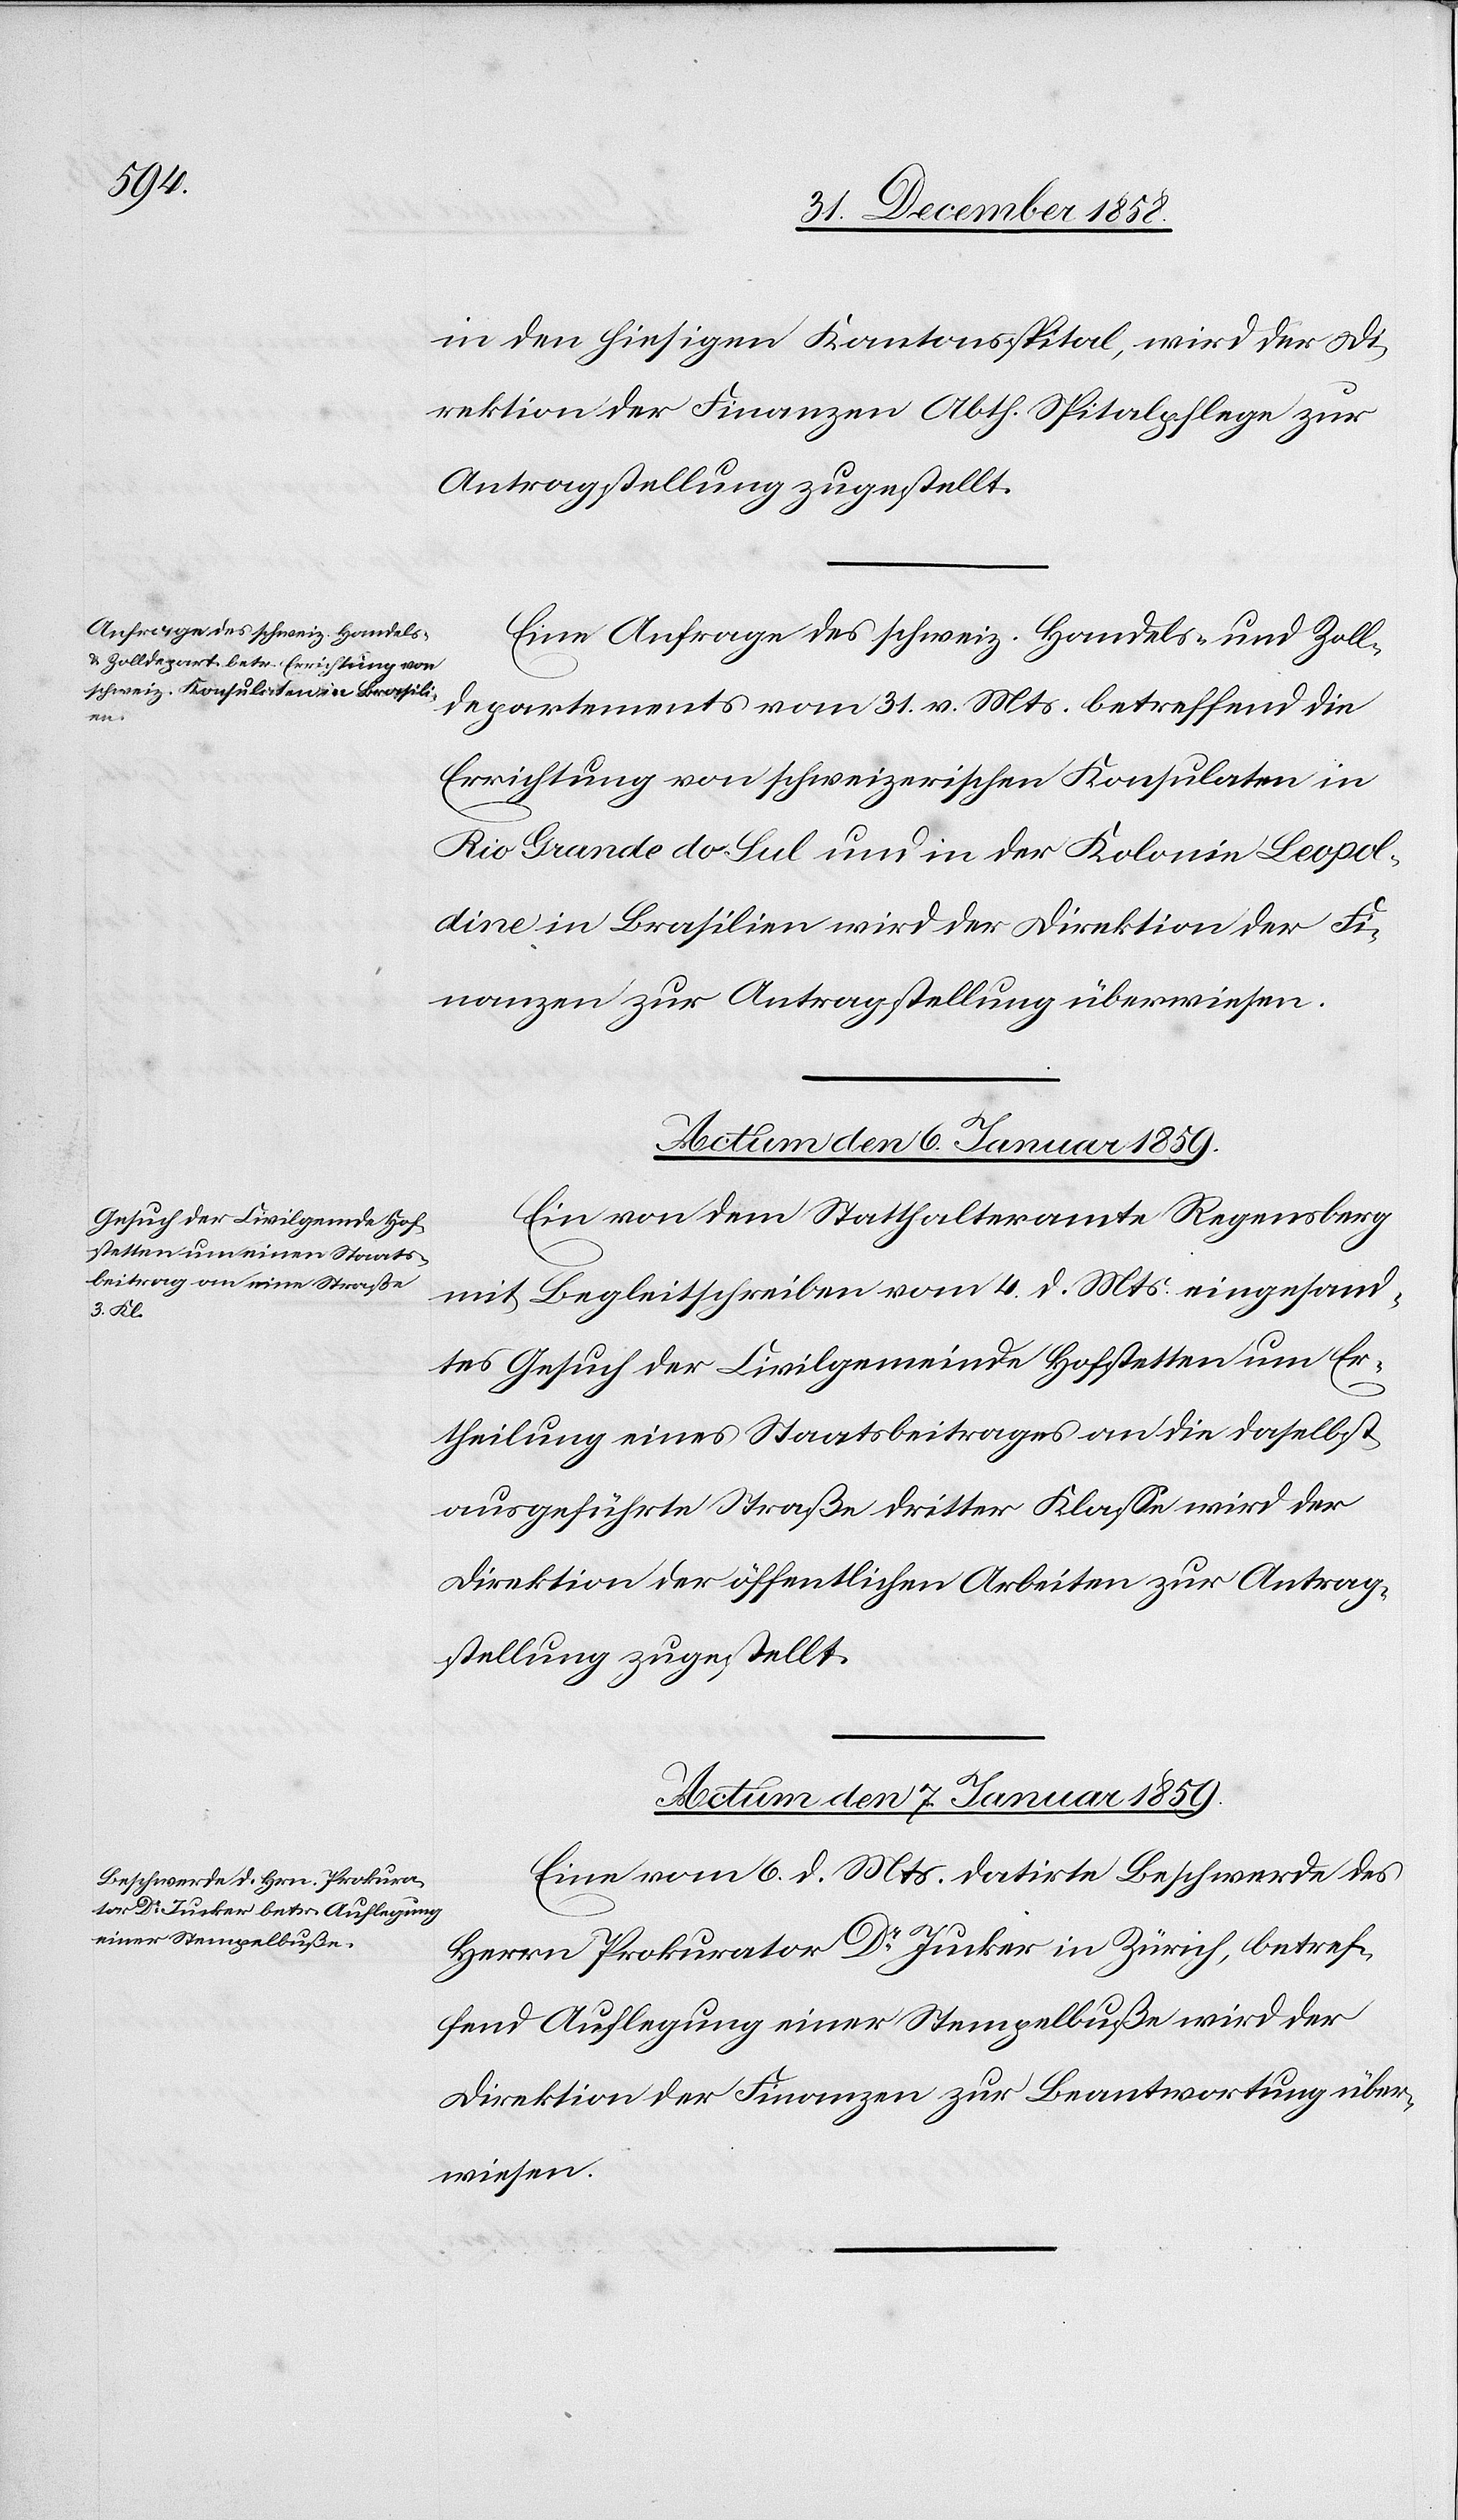
in den hiesigen Kantonsspital, wird der Di¬
rektion der Finanzen Abth. Spitalpflege zur
Antragstellung zugestellt.
Eine Anfrage des schweiz. Handels- und Zoll¬
departements vom 31. v. Mts. betreffend die
Errichtung von schweizerischen Konsulaten in
Rio Grande do Sul und in der Kolonie Leopol¬
dine in Brasilien wird der Direktion der Fi¬
nanzen zur Antragstellung überwiesen.
Actum den 6. Januar 1859.
Ein von dem Statthalteramte Regensberg
mit Begleitschreiben vom 4. d. Mts. eingesand¬
tes Gesuch der Civilgemeinde Hofstetten um Er¬
theilung eines Staatsbeitrages an die daselbst
ausgeführte Straße dritter Klasse wird der
Direktion der öffentlichen Arbeiten zur Antrag¬
stellung zugestellt.
Actum den 7. Januar 1859.
Eine vom 6. d. Mts. datirte Beschwerde des
Herrn Prokurator Dr Jucker in Zürich, betref¬
fend Auflegung einer Stempelbuße wird der
Direktion der Finanzen zur Beantwortung über¬
wiesen.